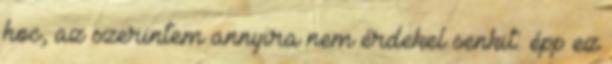
hoc, az szerintem annyira nem érdekel senkit: épp ez